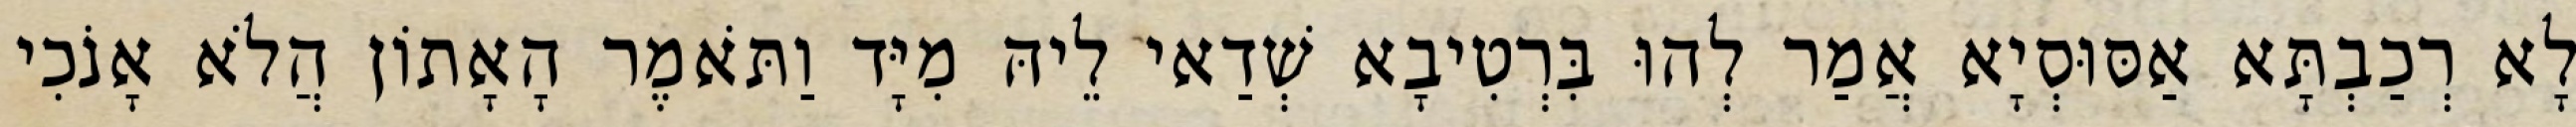
לָא רְכַבְתָּא אַסּוּסְיָא אֲמַר לְהוּ בִּרְטִיבָא שְׁדַאי לֵיהּ מִיָּד וַתֹּאמֶר הָאָתוֹן הֲלֹא אָנֹכִי